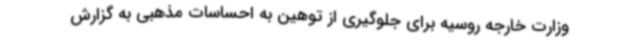
وزارت خارجه روسیه برای جلوگیری از توهین به احساسات مذهبی به گزارش